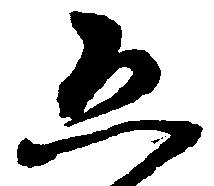
恐